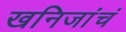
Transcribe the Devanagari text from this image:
खनिजांचं